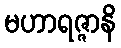
မဟာရဇ္ဇာနိ